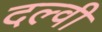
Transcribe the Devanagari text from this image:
दल्वी